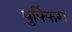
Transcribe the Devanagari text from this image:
पुफ्फिंग